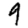
Digit: 9